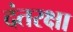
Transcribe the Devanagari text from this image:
दंतरक्षा